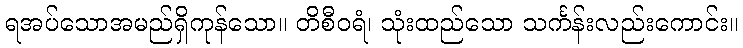
ရအပ်သောအမည်ရှိကုန်သော။ တိစီဝရံ၊ သုံးထည်သော သင်္ကန်းလည်းကောင်း။